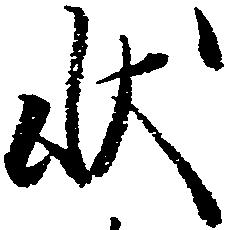
状